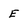
Character: E